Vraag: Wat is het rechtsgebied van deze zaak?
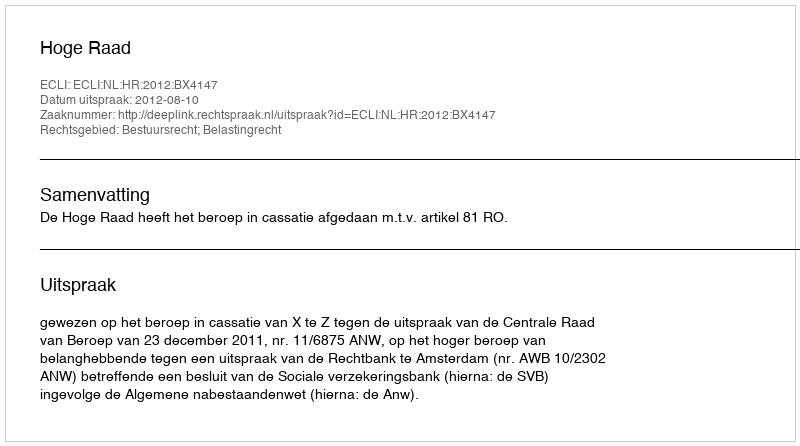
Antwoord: Bestuursrecht; Belastingrecht